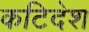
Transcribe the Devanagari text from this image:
कटिदेश